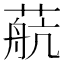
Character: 𦶢